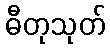
ဓီတုသုတ်